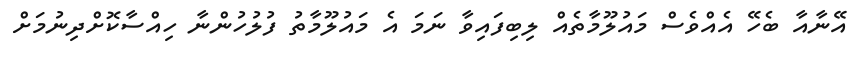
އޭނާއާ ބެހޭ އެއްވެސް މައުލޫމާތެއް ލިބިފައިވާ ނަމަ އެ މައުލޫމާތު ފުލުހުންނާ ހިއްސާކޮށްދިނުމަށް